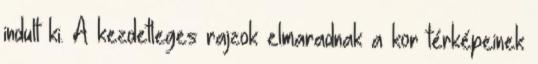
indult ki. A kezdetleges rajzok elmaradnak a kor térképeinek